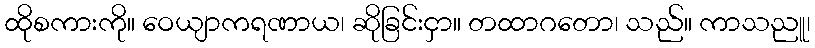
ထိုစကားကို။ ဝေယျာကရဏာယ၊ ဆိုခြင်းငှာ။ တထာဂတော၊ သည်။ ကာသညူ၊